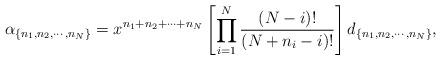
LaTeX: \begin{align*}\alpha_{ \{ n_1,n_2,\cdots,n_N \} } = x^{n_1+n_2+ \cdots + n_N}\left[ \prod_{i=1}^N\frac{(N-i)!}{(N+n_i-i)!} \right] d_{ \{ n_1,n_2,\cdots,n_N \} },\end{align*}